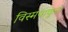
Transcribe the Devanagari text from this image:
विस्मयाकुल